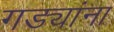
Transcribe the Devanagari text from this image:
गड्यांना